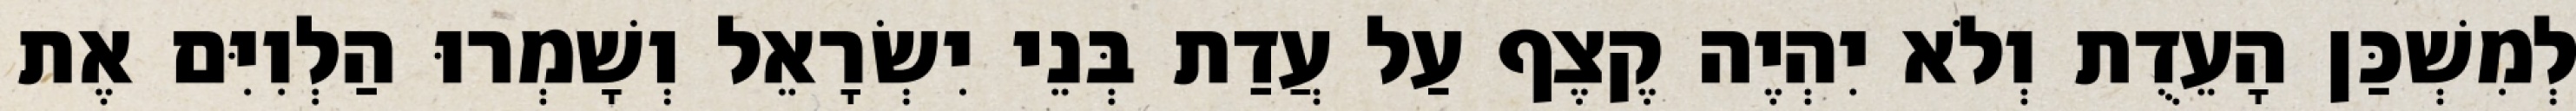
לְמִשְׁכַּן הָעֵדֻת וְלֹא יִהְיֶה קֶצֶף עַל עֲדַת בְּנֵי יִשְׂרָאֵל וְשָׁמְרוּ הַלְוִיִּם אֶת